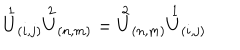
LaTeX: \stackrel { 1 } { U } _ { ( i , j ) } \stackrel { 2 } { U } _ { ( n , m ) } = \stackrel { 2 } { U } _ { ( n , m ) } \stackrel { 1 } { U } _ { ( i , j ) }